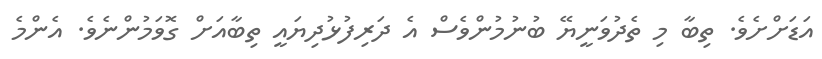
އަޑަށްށެވެ. ތިބާ މި ތެދުވަނީޔޭ ބުނުމުންވެސް އެ ދަރިފުޅުދިޔައީ ތިބާއަށް ގޮވަމުންނެވެ. އެންމެ